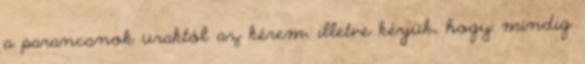
a parancsnok uraktól az kérem, illetve kérjük, hogy mindig